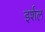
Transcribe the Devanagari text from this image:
इर्शल